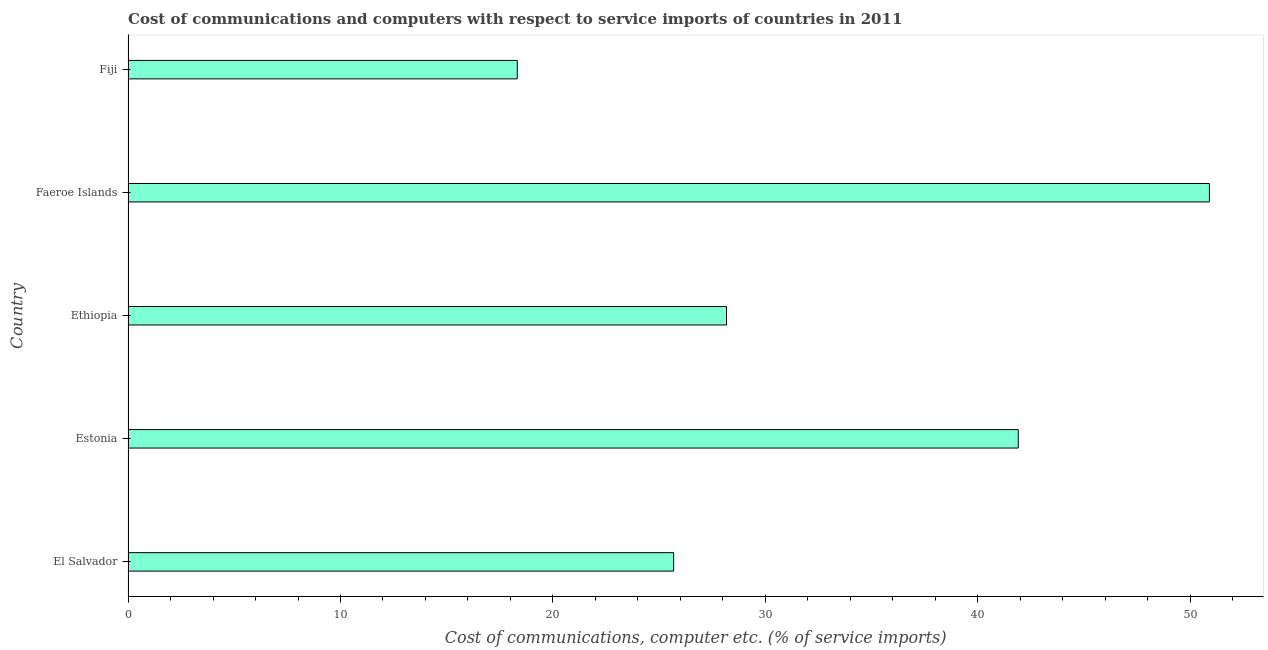
| Country | Communications |
 | --- | --- |
 | El Salvador | 25.7 |
 | Estonia | 41.9 |
 | Ethiopia | 28.2 |
 | Faeroe Islands | 50.9 |
 | Fiji | 18.3 |